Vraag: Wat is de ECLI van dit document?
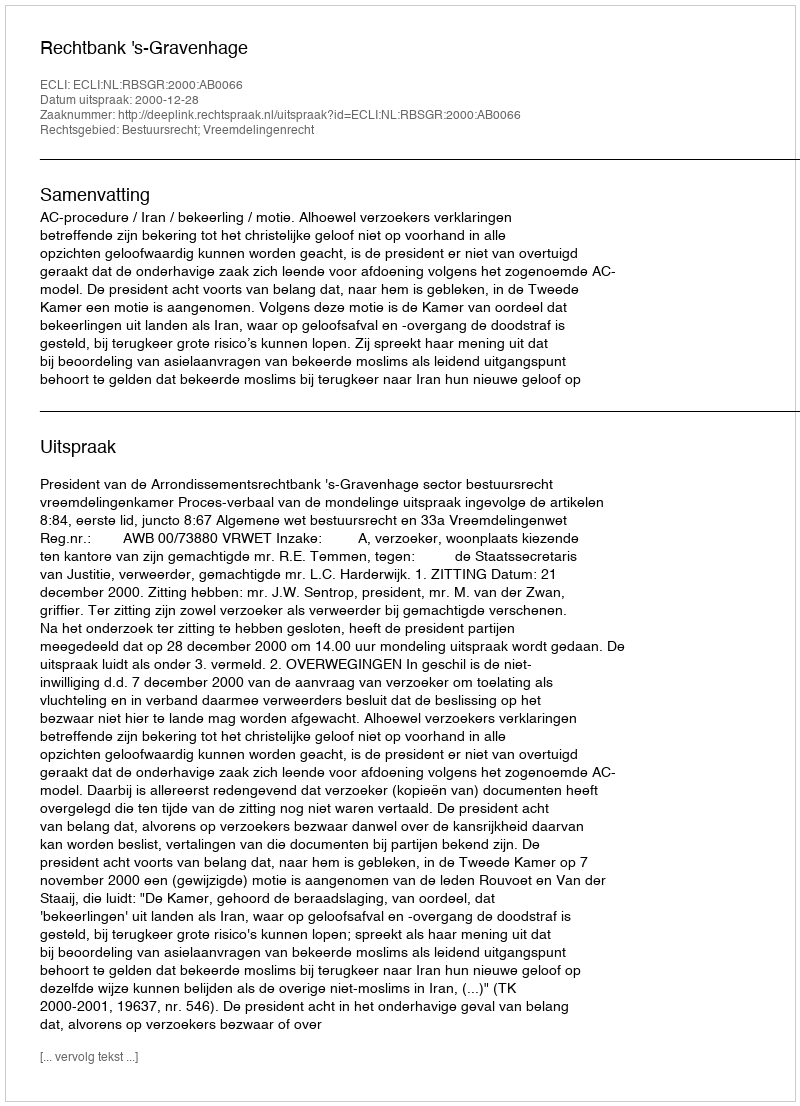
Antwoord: ECLI:NL:RBSGR:2000:AB0066